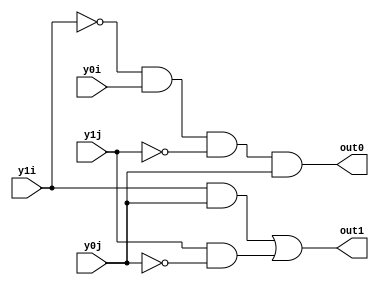
//using k diagram, the table of kpg values was converted into the appropriate equations
//if we have y(i) and y(i+1) in our current state 
//then the next y1(i)= (y1(i)&y0(i+1)) | ( y1(i+1) & (~y0(i+1)) ) 
// and the next y0(i)= (~y1(i)) & y0(i) & (~y1(i+1)) & y0(i+1)

module kpg(y1j,y0j,y1i,y0i,out1,out0);//j=i+1
input y1i,y0i,y1j,y0j;
output out1,out0;
wire out1,out0;
assign out0= (~y1i) & y0i & (~y1j) & y0j;
assign out1= (y1i & y0j) | (y1j & (~y0j));

endmodule